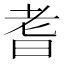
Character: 耆